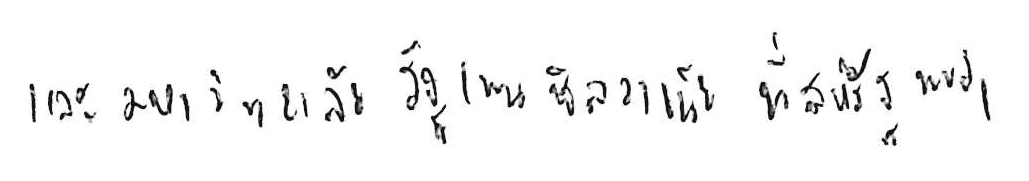
และมหาวิทยาลัยรัฐเพนซิลวาเนีย ที่สหรัฐ พบว่า